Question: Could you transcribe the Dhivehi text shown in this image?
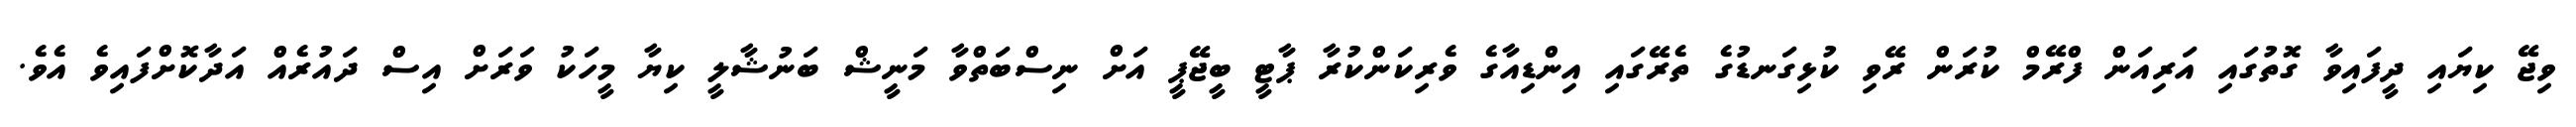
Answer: ވިޖޭ ކިޔައި ދީފައިވާ ގޮތުގައި އަރިއަން ފްރޭމް ކުރަން ރޭވި ކުޅިގަނޑުގެ ތެރޭގައި އިންޑިއާގެ ވެރިކަންކުރާ ޕާޓީ ބީޖޭޕީ އަށް ނިސްބަތްވާ މަނީޝް ބަނުޝާލީ ކިޔާ މީހަކު ވަރަށް އިސް ދައުރެއް އަދާކޮށްފައިވެ އެވެ.